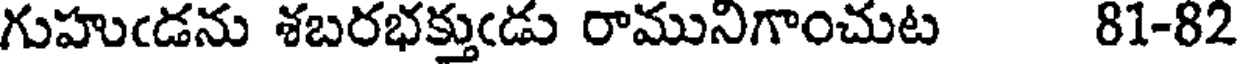
గుహుఁడను శబరభక్తుఁడు రామునిగాంచుట 81-82